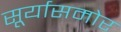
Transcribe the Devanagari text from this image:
सूर्यासमोर